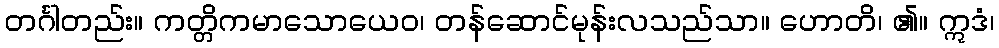
တင်္ဂါတည်း။ ကတ္တိကမာသောယေဝ၊ တန်ဆောင်မုန်းလသည်သာ။ ဟောတိ၊ ၏။ ဣဒံ၊